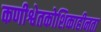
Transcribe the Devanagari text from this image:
कणीश्वेतकोशिकाहीनता